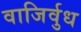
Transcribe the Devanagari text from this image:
वाजिर्वुध